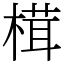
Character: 榵